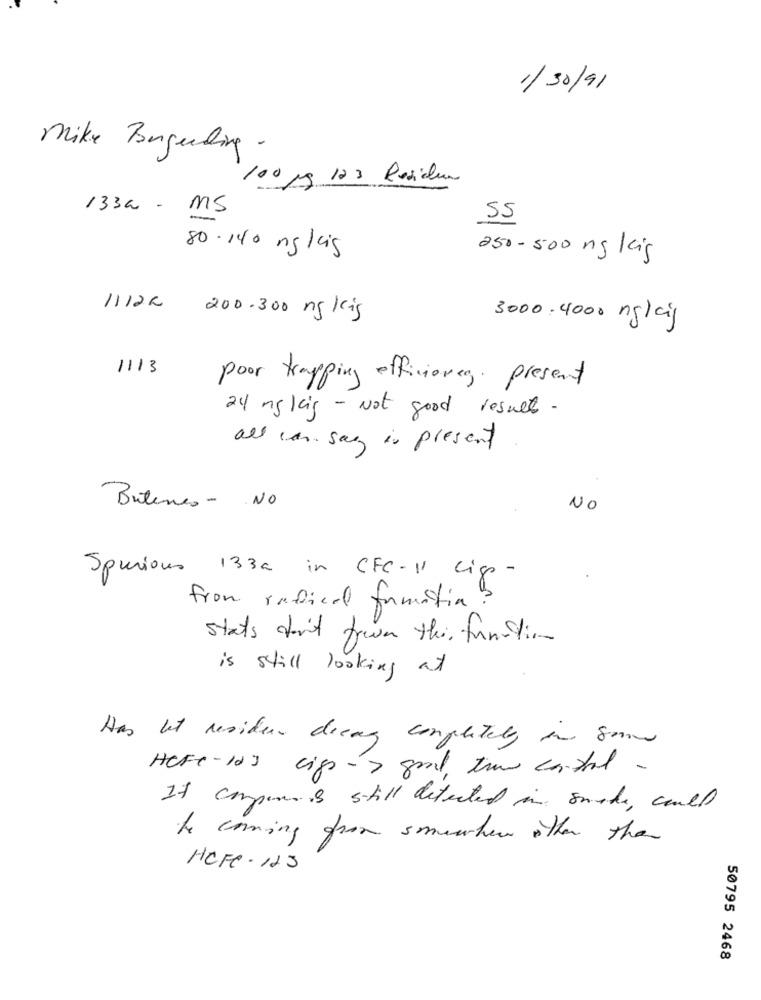
1/30/91
Mike Bangeling .
100 mg 123 Residen
1332 - ms
55
80-140 mg /as
250-500 mg kg
11122
200-300 mg /is
3000.4000 ng/cij
1113
poor trapping efficiency. present
24 mg /ig - Not good results.
als can say is present
Britenes - NO
NO
Spurious 133a in CFC-VI Lige -
from radical formation?
stats don't from this function
is still looking at
Has let residen dreng completely in some
HCFC-123 cips -> goal, tma control .
If company is still detected in smode, could
he coming from somewhere other the
HCFC. 123
50795 2468